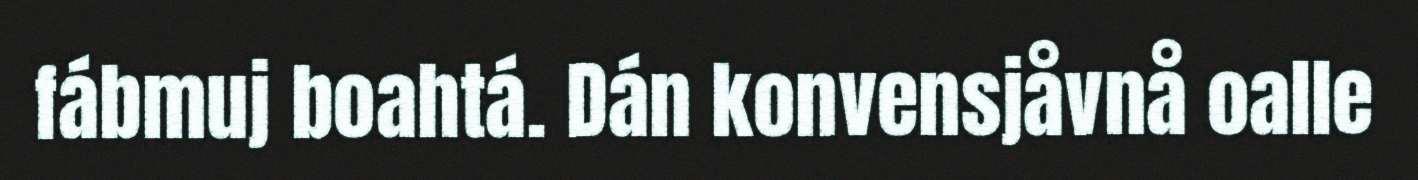
fábmuj boahtá. Dán konvensjåvnå oalle